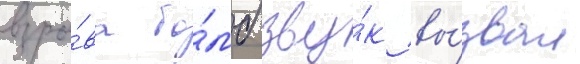
взры́ва бо́мб зву́к вы́звал